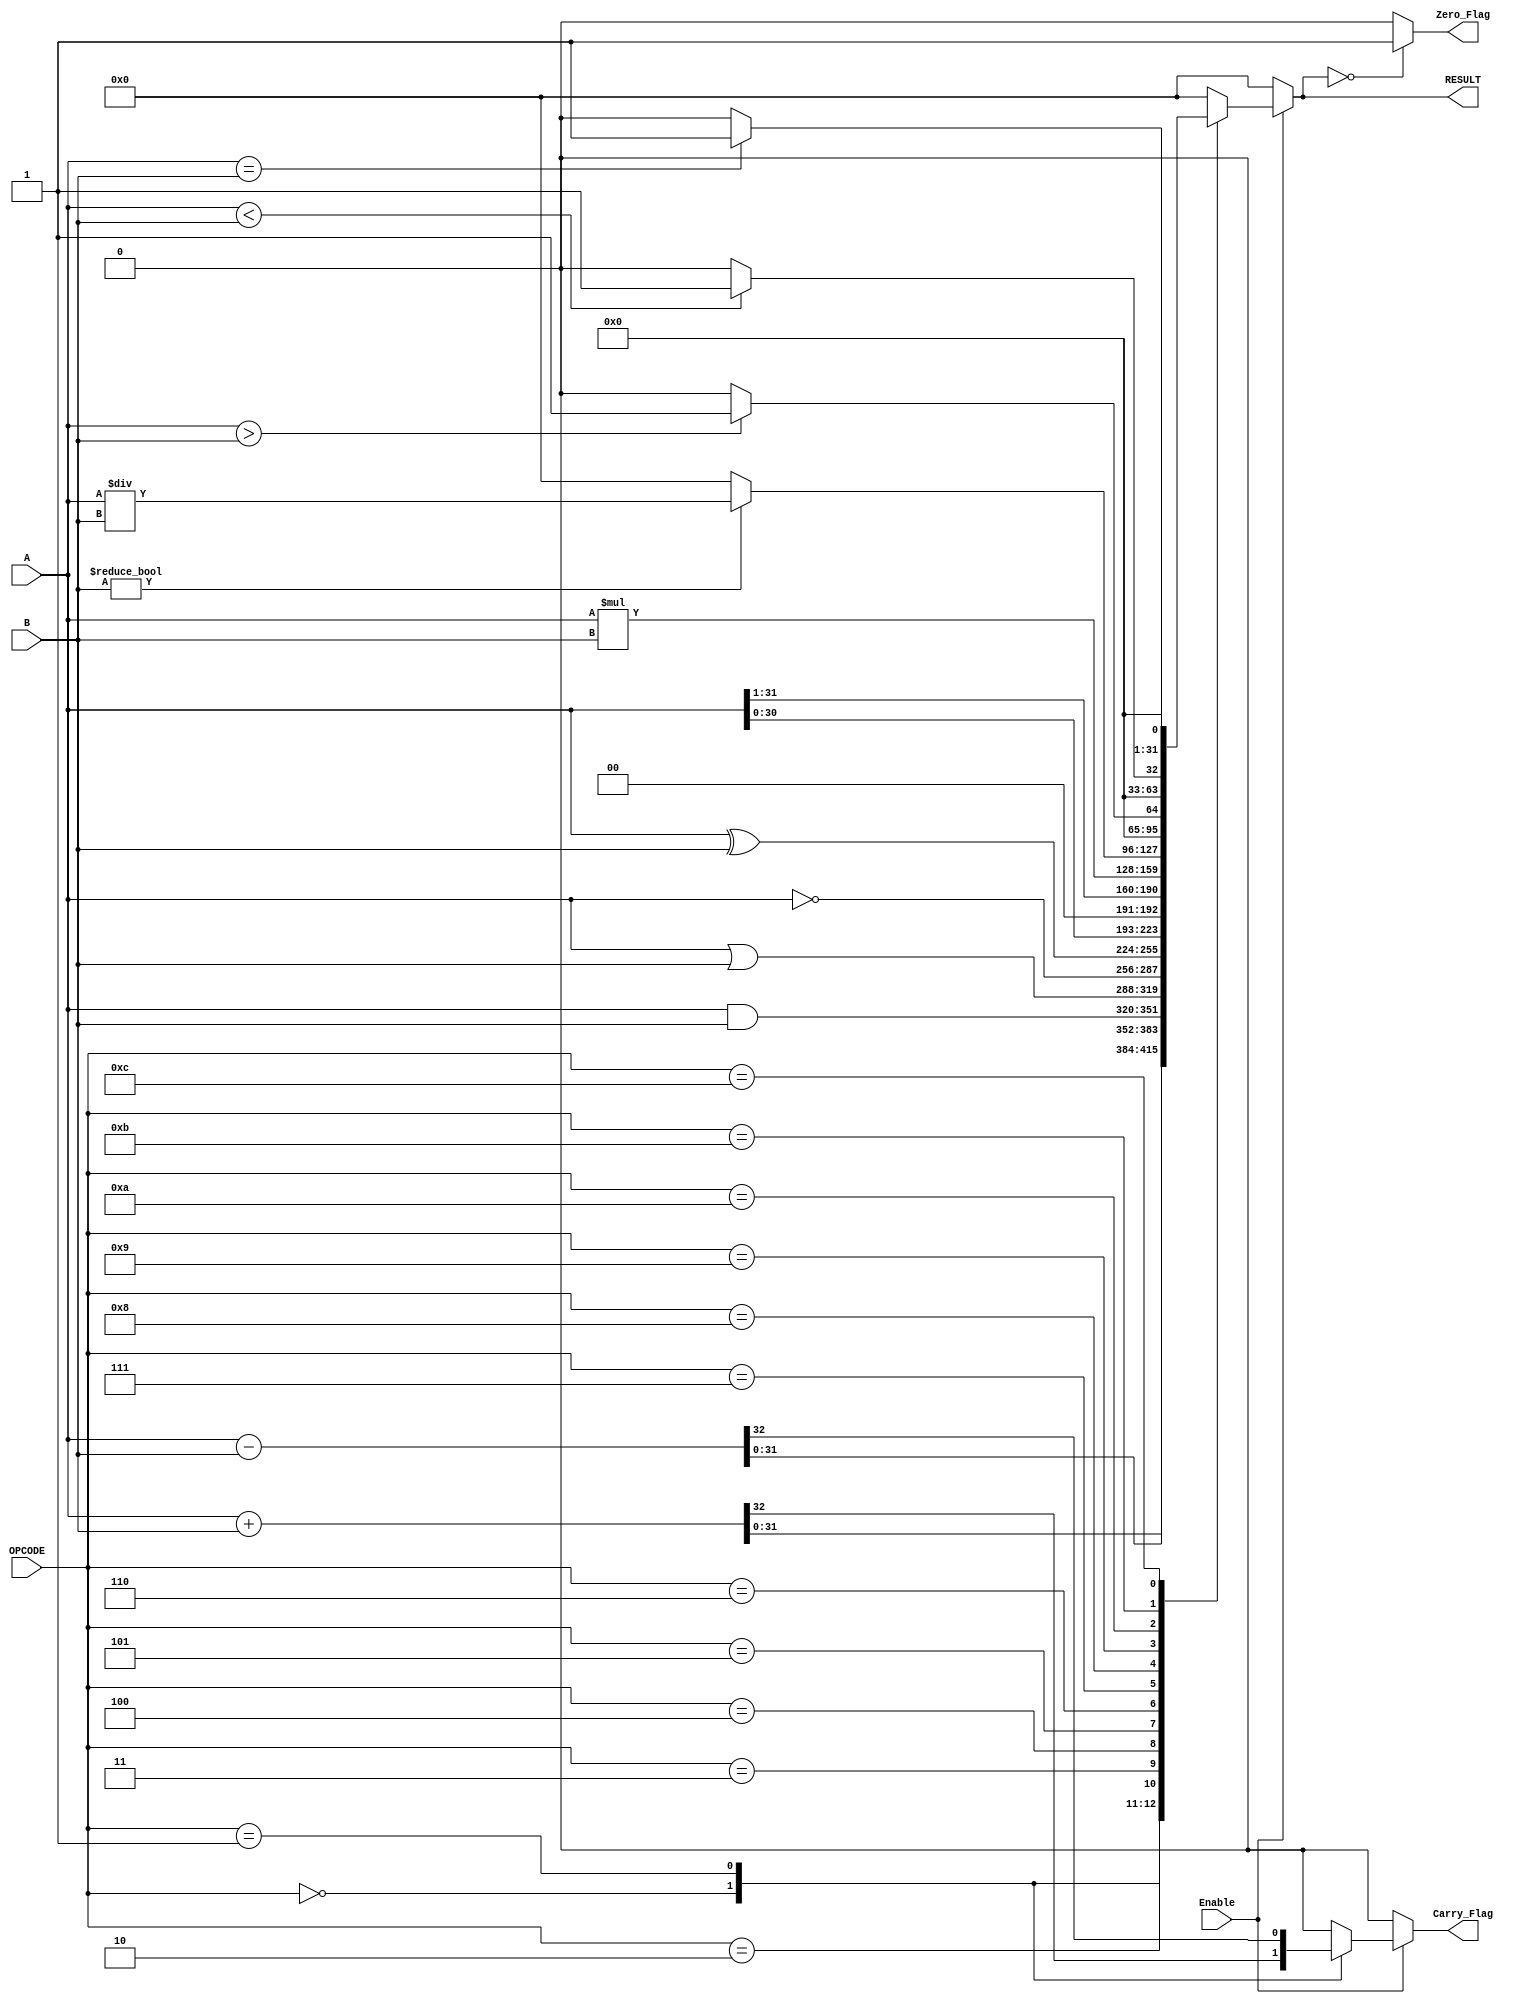
module Parameterized_ALU #(
    parameter DATA_WIDTH = 32,             // Width of the input/output data
    parameter OPERATION_WIDTH = 4           // Number of operation select bits
) (
    input  wire [DATA_WIDTH-1:0] A,        // First operand
    input  wire [DATA_WIDTH-1:0] B,        // Second operand
    input  wire [OPERATION_WIDTH-1:0] OPCODE, // Operation select
    input  wire Enable,                     // Enable signal
    output reg  [DATA_WIDTH-1:0] RESULT,   // Result of the operation
    output reg  Zero_Flag,                  // Zero flag
    output reg  Carry_Flag                  // Carry flag
);

    // Define operation codes
    localparam ADD       = 4'b0000;
    localparam SUB       = 4'b0001;
    localparam AND       = 4'b0010;
    localparam OR        = 4'b0011;
    localparam NOT       = 4'b0100;
    localparam XOR       = 4'b0101;
    localparam SHL       = 4'b0110; // Shift Left
    localparam SHR       = 4'b0111; // Shift Right
    localparam MUL       = 4'b1000; // Multiplication
    localparam DIV       = 4'b1001; // Division
    localparam GT        = 4'b1010; // Greater Than
    localparam LT        = 4'b1011; // Less Than
    localparam EQ        = 4'b1100; // Equal To

    always @(*) begin
        if (Enable) begin
            case (OPCODE)
                ADD: begin
                    {Carry_Flag, RESULT} = A + B; // Capture carry
                end
                SUB: begin
                    {Carry_Flag, RESULT} = A - B; // Capture carry
                end
                AND: begin
                    RESULT = A & B;
                    Carry_Flag = 0;
                end
                OR: begin
                    RESULT = A | B;
                    Carry_Flag = 0;
                end
                NOT: begin
                    RESULT = ~A; // Unary operation
                    Carry_Flag = 0;
                end
                XOR: begin
                    RESULT = A ^ B;
                    Carry_Flag = 0;
                end
                SHL: begin
                    RESULT = A << 1; // Logical Shift Left
                    Carry_Flag = 0;
                end
                SHR: begin
                    RESULT = A >> 1; // Logical Shift Right
                    Carry_Flag = 0;
                end
                MUL: begin
                    RESULT = A * B; // Multiplication
                    Carry_Flag = 0; // No carry flag for multiplication
                end
                DIV: begin
                    // Division can be complex; handle division by zero
                    if (B != 0) 
                        RESULT = A / B;
                    else 
                        RESULT = 0; // Undefined behavior; could also set an error flag
                    Carry_Flag = 0;
                end
                GT: begin
                    RESULT = (A > B) ? 1 : 0;
                    Carry_Flag = 0;
                end
                LT: begin
                    RESULT = (A < B) ? 1 : 0;
                    Carry_Flag = 0;
                end
                EQ: begin
                    RESULT = (A == B) ? 1 : 0;
                    Carry_Flag = 0;
                end
                default: begin
                    RESULT = 0;
                    Carry_Flag = 0;
                end
            endcase
        end else begin
            RESULT = 0;
            Carry_Flag = 0;
        end

        // Update Zero flag
        Zero_Flag = (RESULT == 0) ? 1 : 0;
    end

endmodule